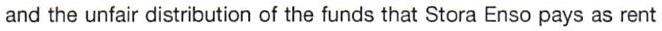
and the unfair distribution of the funds that Stora Enso pays as rent